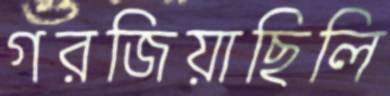
গরজিয়াছিলি